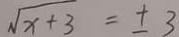
\sqrt { x + 3 } = \pm 3